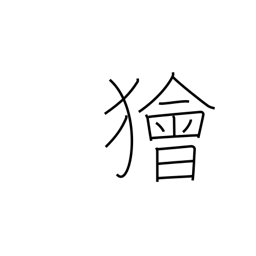
Meaning: crafty